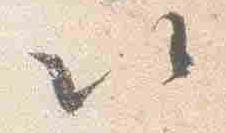
以